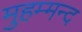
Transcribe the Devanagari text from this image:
मुहम्मन्द